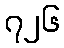
၇၂၆